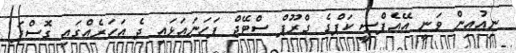
ނިއުއިން ވަނީ އޭއެފްސީ ކަޕްގެ ގްރޫޕް ސްޓޭޖް ފަހަނައަޅައި ދެ އަހަރެއްގައި ގޮސްފަ